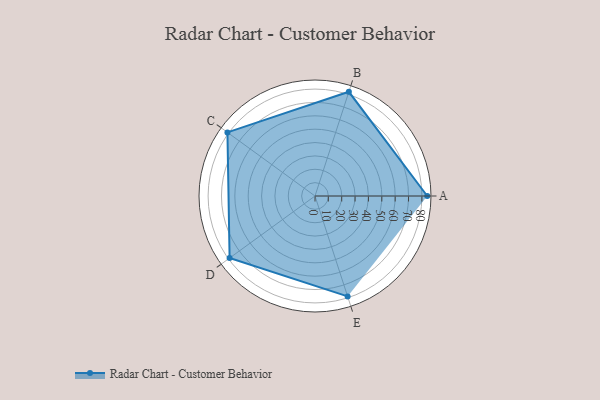
{"axis": {"x": "Skill", "y": "Score"}, "legend": ["Profile"], "data": [{"x": "A", "y": 84.0, "type": "Profile"}, {"x": "B", "y": 82.0, "type": "Profile"}, {"x": "C", "y": 81.0, "type": "Profile"}, {"x": "D", "y": 79.0, "type": "Profile"}, {"x": "E", "y": 79.0, "type": "Profile"}]}